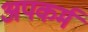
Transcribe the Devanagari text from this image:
अपकर्म